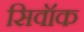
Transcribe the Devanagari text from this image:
सिवॉक